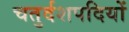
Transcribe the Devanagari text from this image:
चतुर्दशपदियों